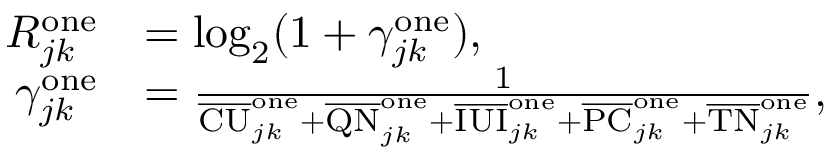
\begin{array} { r l } { R _ { j k } ^ { \mathrm { o n e } } } & { = \log _ { 2 } ( 1 + \gamma _ { j k } ^ { \mathrm { o n e } } ) , } \\ { \gamma _ { j k } ^ { \mathrm { o n e } } } & { = \frac { 1 } { \overline { { \mathrm { C U } } } _ { j k } ^ { \mathrm { o n e } } + \overline { { \mathrm { Q N } } } _ { j k } ^ { \mathrm { o n e } } + \overline { { \mathrm { I U I } } } _ { j k } ^ { \mathrm { o n e } } + \overline { { \mathrm { P C } } } _ { j k } ^ { \mathrm { o n e } } + \overline { { \mathrm { T N } } } _ { j k } ^ { \mathrm { o n e } } } , } \end{array}